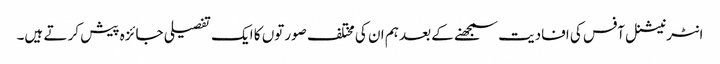
انٹرنیشنل آفس کی افادیت سمجھنے کے بعد ہم ان کی مختلف صورتوں کا ایک تفصیلی جائزہ پیش کر تے ہیں۔